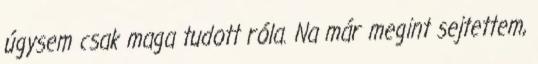
úgysem csak maga tudott róla. Na már megint sejtettem,